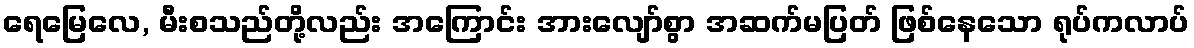
ရေမြေလေ, မီးစသည်တို့လည်း အကြောင်း အားလျော်စွာ အဆက်မပြတ် ဖြစ်နေသော ရုပ်ကလာပ်